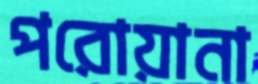
পরোয়ানা